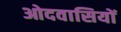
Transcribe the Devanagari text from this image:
ओदवासियों